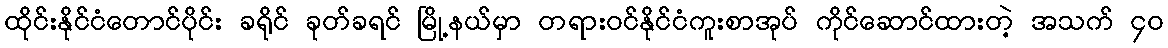
ထိုင်းနိုင်ငံတောင်ပိုင်း ခရိုင် ခုတ်ခရင် မြို့နယ်မှာ တရားဝင်နိုင်ငံကူးစာအုပ် ကိုင်ဆောင်ထားတဲ့ အသက် ၄၀